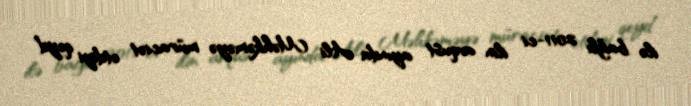
ilə bağlı 2011-ci ilin avqust ayında Ali Məhkəməyə müraciət etdiyi qeyd